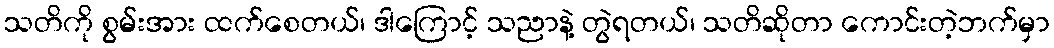
သတိကို စွမ်းအား ထက်စေတယ်၊ ဒါကြောင့် သညာနဲ့ တွဲရတယ်၊ သတိဆိုတာ ကောင်းတဲ့ဘက်မှာ